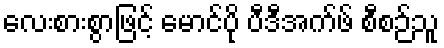
လေးစားစွာဖြင့် မောင်ပို ပီဒီအက်ဖ် စီစဉ်သူ